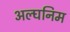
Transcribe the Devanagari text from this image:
अल्घनिम